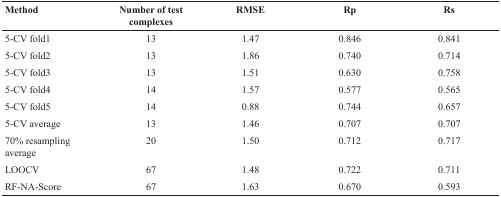
| Method | Number of test complexes | RMSE | Rp | Rs |
 | --- | --- | --- | --- | --- |
 | 5-CV fold1 | 13 | 1.47 | 0.846 | 0.841 |
 | 5-CV fold2 | 13 | 1.86 | 0.740 | 0.714 |
 | 5-CV fold3 | 13 | 1.51 | 0.630 | 0.758 |
 | 5-CV fold4 | 14 | 1.57 | 0.577 | 0.565 |
 | 5-CV fold5 | 14 | 0.88 | 0.744 | 0.657 |
 | 5-CV average | 13 | 1.46 | 0.707 | 0.707 |
 | 70% resampling average | 20 | 1.50 | 0.712 | 0.717 |
 | LOOCV | 67 | 1.48 | 0.722 | 0.711 |
 | RF-NA-Score | 67 | 1.63 | 0.670 | 0.593 |